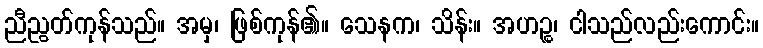
ညီညွတ်ကုန်သည်။ အမှ၊ ဖြစ်ကုန်၏။ သေနက၊ သိန်း။ အဟဉ္စ၊ ငါသည်လည်းကောင်း။